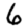
Digit: 6